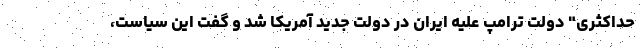
حداکثری" دولت ترامپ علیه ایران در دولت جدید آمریکا شد و گفت این سیاست،